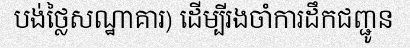
បង់ថ្លៃសណ្ឋាគារ) ដើម្បីរងចាំការដឹកជញ្ជូន